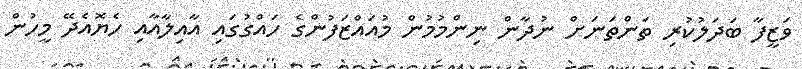
ވަޒީފާ ބަދަލުކުރި ތަންތަނަށް ނުދާން ނިންމުމުން މުއައްޒަފުންގެ ހައްގުގައި އާއިލާއާއި ހެޔޮއެދޭ މީހުން